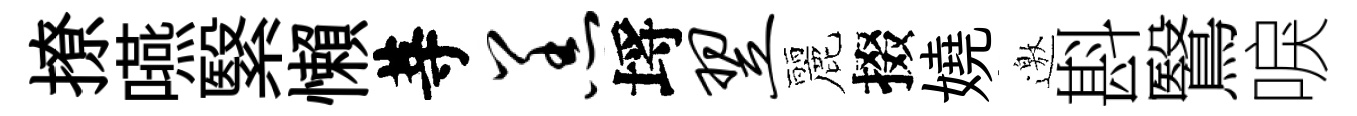
撩嚥繄懶䓁羔埓翌麗掇嬈邀斟鷖唳